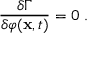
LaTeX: \frac { \delta \Gamma } { \delta \varphi ( { \bf x } , t ) } = 0 \; .